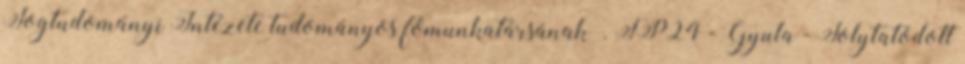
Jogtudományi Intézete tudományos főmunkatársának”. FP24 - Gyula - Folytatódott